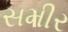
સમીર